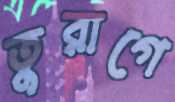
তুরাগে